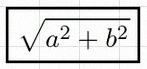
\sqrt{a^2+b^2}